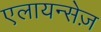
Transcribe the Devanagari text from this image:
एलायन्सेज़